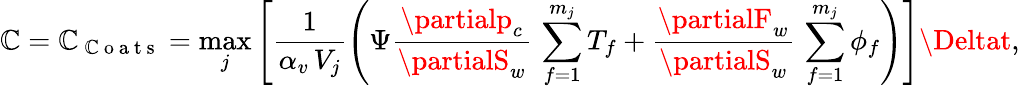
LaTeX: \mathbb{C}=\mathbb{C}_{\mathrm{{~\mathbb{C}~o~a~t~s~}}}=\operatorname*{max}_{j}\left[\frac{{1}}{{\alpha_{v}\, V_{j}}}\left(\Psi\frac{{\partialp_{c}}}{{\partialS_{w}}}\, \sum_{f=1}^{m_{j}}T_{f}+\frac{{\partialF_{w}}}{{\partialS_{w}}}\, \sum_{f=1}^{m_{j}}\phi_{f}\right)\right]\Deltat,